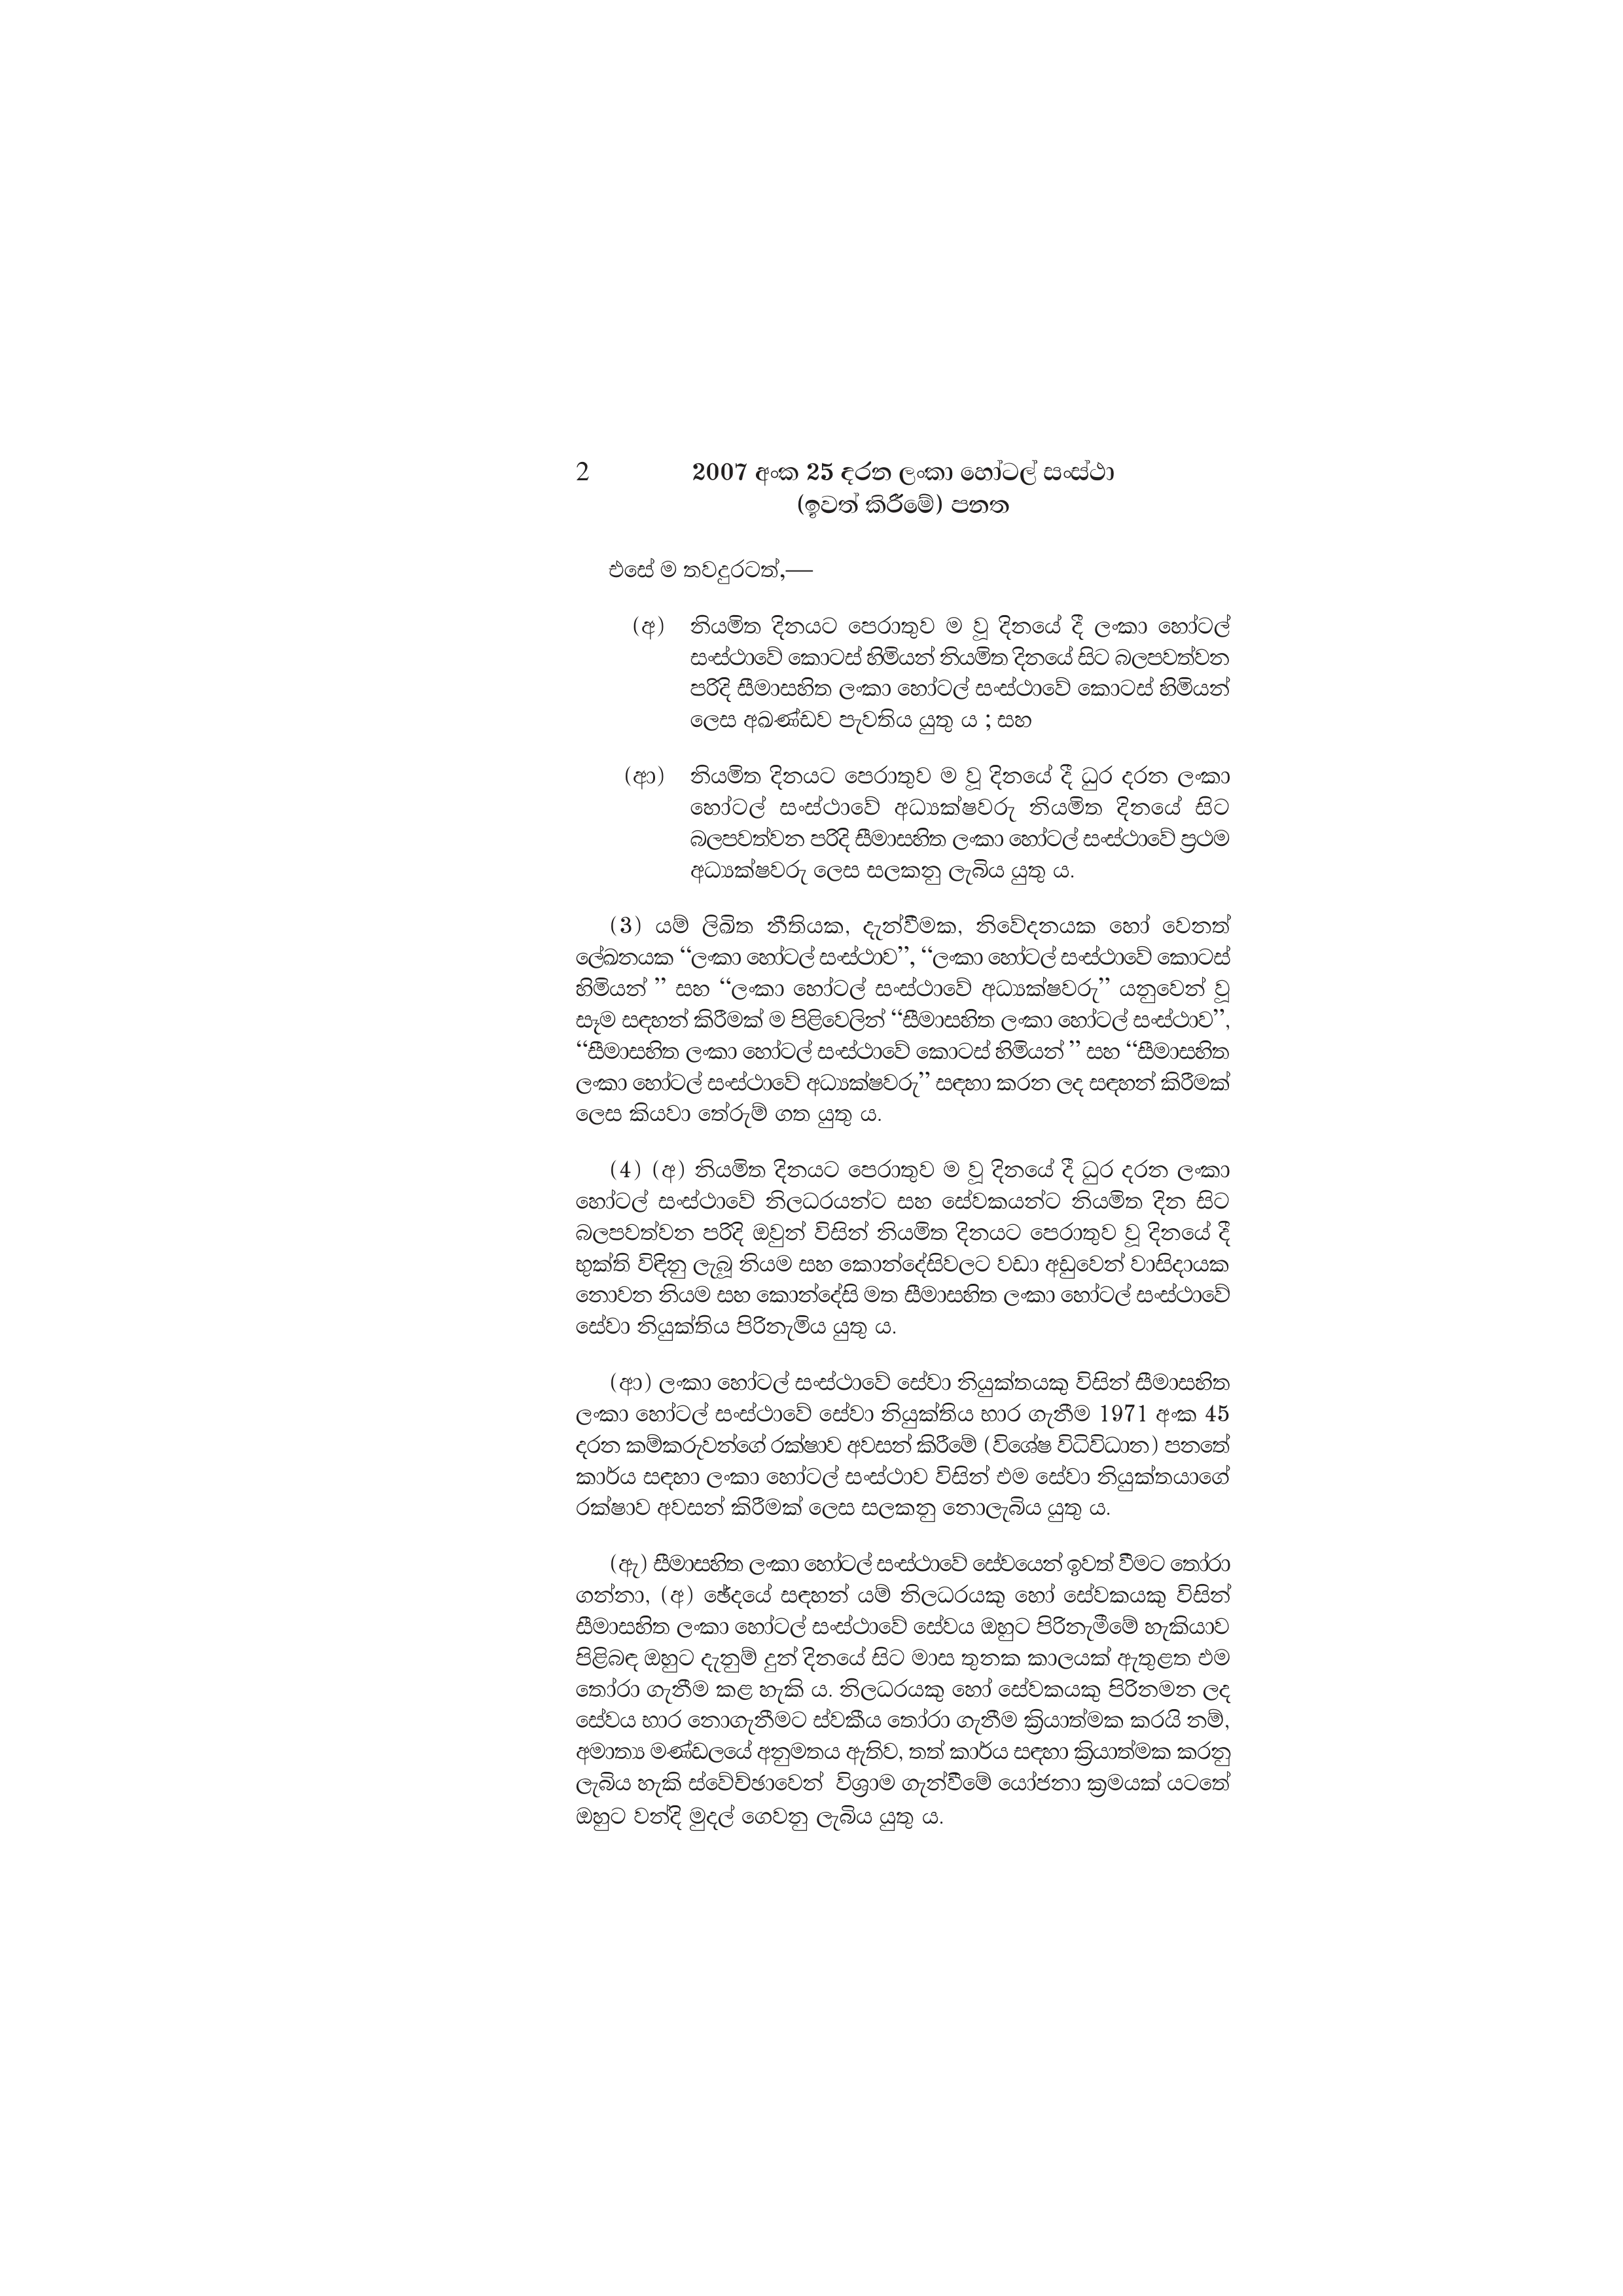
2 2007 අංක 25 දරන ලංකා හෝටල් සංස්ථා
(ඉවත් කිරීමේ) පනත

එසේ ම තවදුරටත්,—

(අ) නියමිත දිනයට පෙරාතුව ම වූ දිනයේ දී ලංකා හෝටල්
සංස්ථාවේ කොටස් හිමියන් නියමිත දිනයේ සිට බලපවත්වන
පරිදි සීමාසහිත ලංකා හෝටල් සංස්ථාවේ කොටස් හිමියන්
ලෙස අඛණ්ඩව පැවතිය යුතු ය ; සහ

(ආ) නියමිත දිනයට පෙරාතුව ම වූ දිනයේ දී ධුර දරන ලංකා
හෝටල් සංස්ථාවේ අධ්‍යක්ෂවරු නියමිත දිනයේ සිට
බලපවත්වන පරිදි සීමාසහිත ලංකා හෝටල් සංස්ථාවේ ප්‍රථම
අධ්‍යක්ෂවරු ලෙස සලකනු ලැබිය යුතු ය.

(3) යම් ලිඛිත නීතියක, දැන්වීමක, නිවේදනයක හෝ වෙනත්
ලේඛනයක “ලංකා හෝටල් සංස්ථාව”, “ලංකා හෝටල් සංස්ථාවේ කොටස්
හිමියන් සහ “ලංකා හෝටල් සංස්ථාවේ අධ්‍යක්ෂවරු” යනුවෙන් වූ
සෑම සඳහන් කිරීමක් ම පිළිවෙලින් “සීමාසහිත ලංකා හෝටල් සංස්ථාව”,
“සීමාසහිත ලංකා හෝටල් සංස්ථාවේ කොටස් හිමියන් ” සහ “සීමාසහිත
ලංකා හෝටල් සංස්ථාවේ අධ්‍යක්ෂවරු” සඳහා කරන ලද සඳහන් කිරීමක්
ලෙස කියවා තේරුම් ගත යුතු ය.

(4) (අ) නියමිත දිනයට පෙරාතුව ම වූ දිනයේ දී ධුර දරන ලංකා
හෝටල් සංස්ථාවේ නිලධරයන්ට සහ සේවකයන්ට නියමිත දින සිට
බලපවත්වන පරිදි ඔවුන් විසින් නියමිත දිනයට පෙරාතුව වූ දිනයේ දී
භුක්ති විඳිනු ලැබූ නියම සහ කොන්දේසිවලට වඩා අඩුවෙන් වාසිදායක
නොවන නියම සහ කොන්දේසි මත සීමාසහිත ලංකා හෝටල් සංස්ථාවේ
සේවා නියුක්තිය පිරිනැමිය යුතු ය.

(ආ) ලංකා හෝටල් සංස්ථාවේ සේවා නියුක්තයකු විසින් සීමාසහිත
ලංකා හෝටල් සංස්ථාවේ සේවා නියුක්තිය භාර ගැනීම 1971 අංක 45
දරන කම්කරුවන්ගේ රක්ෂාව අවසන් කිරීමේ (විශේෂ විධිවිධාන) පනතේ
කාර්ය සඳහා ලංකා හෝටල් සංස්ථාව විසින් එම සේවා නියුක්තයාගේ
රක්ෂාව අවසන් කිරීමක් ලෙස සලකනු නොලැබිය යුතු ය.

(ඇ) සීමාසහිත ලංකා හෝටල් සංස්ථාවේ සේවයෙන් ඉවත් වීමට තෝරා
ගන්නා, (අ) ඡේදයේ සඳහන් යම් නිලධරයකු හෝ සේවකයකු විසින්
සීමාසහිත ලංකා හෝටල් සංස්ථාවේ සේවය ඔහුට පිරිනැමීමේ හැකියාව
පිළිබඳ ඔහුට දැනුම් දුන් දිනයේ සිට මාස තුනක කාලයක් ඇතුළත එම
තෝරා ගැනීම කළ හැකි ය. නිලධරයකු හෝ සේවකයකු පිරිනමන ලද
සේවය භාර නොගැනීමට ස්වකීය තෝරා ගැනීම ක්‍රියාත්මක කරයි නම්,
අමාත්‍ය මණ්ඩලයේ අනුමතය ඇතිව, තත් කාර්ය සඳහා ක්‍රියාත්මක කරනු
ලැබිය හැකි ස්වේච්ඡාවෙන් විශ්‍රාම ගැන්වීමේ යෝජනා ක්‍රමයක් යටතේ
ඔහුට වන්දි මුදල් ගෙවනු ලැබිය යුතු ය.